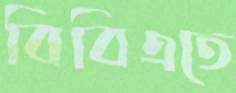
বিবিএতে